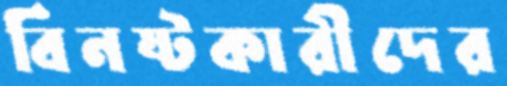
বিনষ্টকারীদের